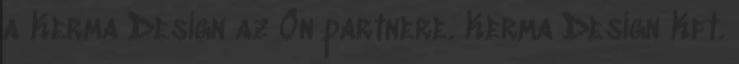
a Kerma Design az Ön partnere. Kerma Design Kft.